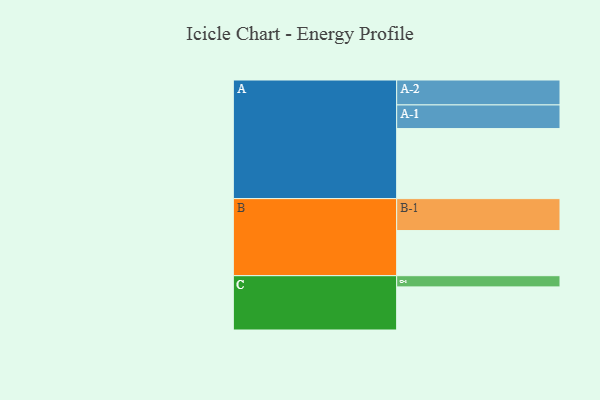
{"axis": {"x": "Segment", "y": "Value"}, "legend": ["", "A", "B", "C"], "data": [{"x": "A", "y": 489, "type": ""}, {"x": "B", "y": 315, "type": ""}, {"x": "C", "y": 301, "type": ""}, {"x": "A-1", "y": 165, "type": "A"}, {"x": "A-2", "y": 174, "type": "A"}, {"x": "B-1", "y": 223, "type": "B"}, {"x": "C-1", "y": 78, "type": "C"}]}